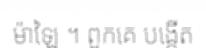
ម៉ាឡៃ ។ ពួកគេ បង្កើត